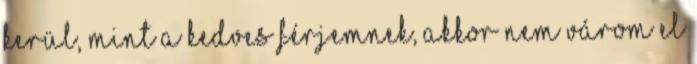
kerül, mint a kedves Férjemnek, akkor nem várom el